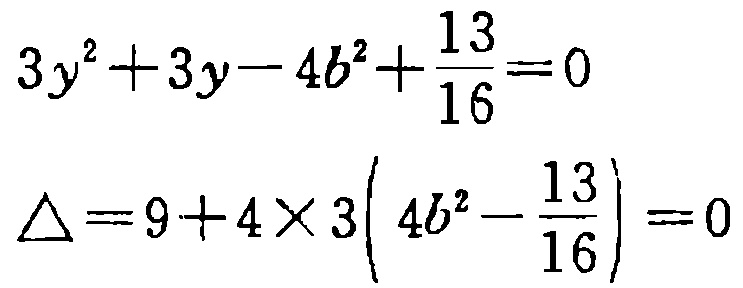
\[
\begin{align*}
3y^{2}+3y - 4b^{2}+\frac{13}{16}&=0\\
\Delta&=9 + 4\times3\left(4b^{2}-\frac{13}{16}\right)=0
\end{align*}
\]